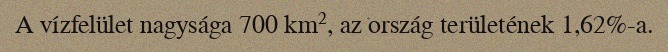
A vízfelület nagysága 700 km², az ország területének 1,62%-a.